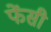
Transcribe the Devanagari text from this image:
फेंसी